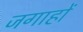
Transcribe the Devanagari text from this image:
जगाहों